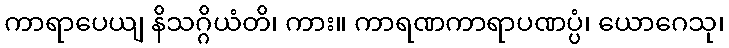
ကာရာပေယျ နိသဂ္ဂိယံတိ၊ ကား။ ကာရဏကာရာပဏပ္ပံ၊ ယောဂေသု၊